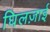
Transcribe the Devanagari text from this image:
घिलज़ाई